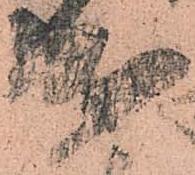
成